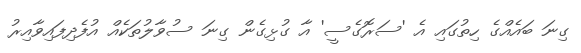
ގިނަ ބައެއްގެ ހިތުގައި އެ 'ސަރޮގެސީ' އާ ގުޅިގެން ގިނަ ސުވާލުތަކެއް އުފެދިފައިވާއިރު